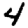
Digit: 4